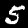
Label: 5